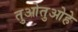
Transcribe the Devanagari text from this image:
तुओतुओहे